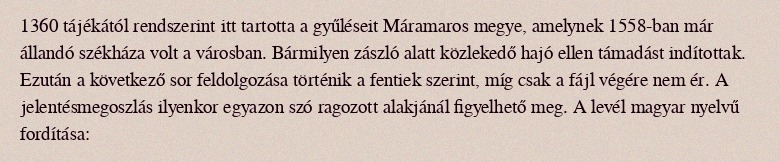
1360 tájékától rendszerint itt tartotta a gyűléseit Máramaros megye, amelynek 1558-ban már állandó székháza volt a városban. Bármilyen zászló alatt közlekedő hajó ellen támadást indítottak. Ezután a következő sor feldolgozása történik a fentiek szerint, míg csak a fájl végére nem ér. A jelentésmegoszlás ilyenkor egyazon szó ragozott alakjánál figyelhető meg. A levél magyar nyelvű fordítása: